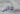
جانبى